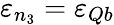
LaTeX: \varepsilon_{n_{3}}=\varepsilon_{Qb}